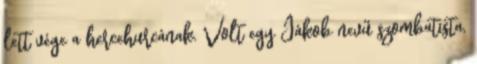
lett vége a hercehurcának. Volt egy Jákob nevű szombatista,